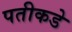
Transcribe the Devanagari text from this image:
पतीकडे